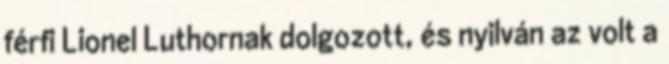
férfi Lionel Luthornak dolgozott, és nyilván az volt a